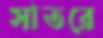
সাতরে